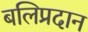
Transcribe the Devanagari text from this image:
बलिप्रदान